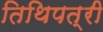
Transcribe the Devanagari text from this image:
तिथिपत्री